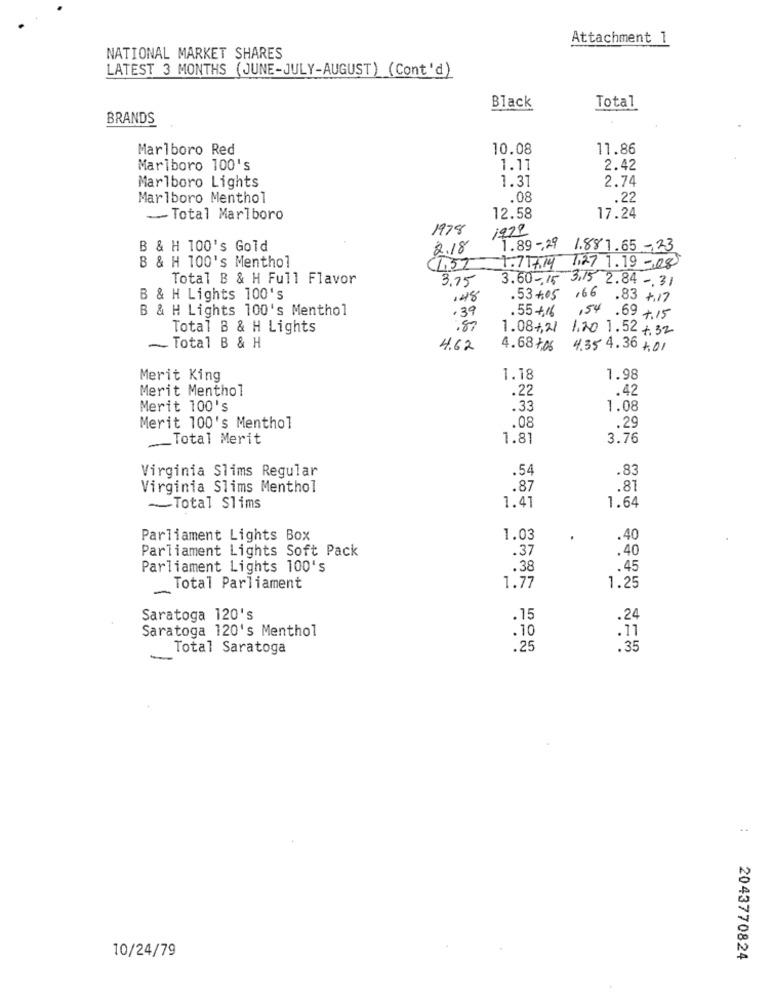
Attachment 1
NATIONAL MARKET SHARES
LATEST 3 MONTHS (JUNE-JULY-AUGUST) (Cont'd)
Black
Total
BRANDS
Marlboro Red
10.08
11.86
Marlboro 100's
1.11
2.42
1.31
2.74
Marlboro Lights
Marlboro Menthol
.08
.22
-- Total Marlboro
12.58
17.24
1978
1999
B & H 100's Gold
2.18
1.89 -, 29
1.881.65-23
B & H 100's Menthol
1,52
1.717.14
7,27 1.19 -08
Total B & H Full Flavor
3,75
3.60,15 3.15 2.84 -. 31
B & H Lights 100's
148
.53+.05
,66
.83 +.17
B & H Lights 100's Menthol
.39
. 55 +,16
154 .69 +.15
Total B & H Lights
:82
1.08+,2/
1.20 1.52 +.32
Total B & H
4.62
4.68 4,06
4.35 4.36 +.01
Merit King
1.18
1.98
Merit Menthol
.22
.42
Merit 100's
.33
1.08
.08
.29
Merit 100's Menthol
__ Total Merit
1.81
3.76
Virginia Slims Regular
.54
.83
Virginia Slims Menthol
.87
.81
1.64
~Total Slims
1.41
Parliament Lights Box
1.03
.
.40
Parliament Lights Soft Pack
.37
.40
Parliament Lights 100's
.38
.45
-
Total Parliament
1.77
1.25
Saratoga 120's
.15
.24
Saratoga 120's Menthol
.10
.11
Total Saratoga
.25
.35
-
10/24/79
2043770824